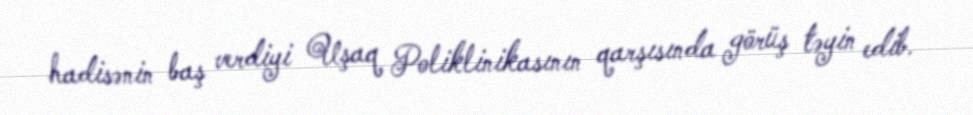
hadisənin baş verdiyi Uşaq Poliklinikasının qarşısında görüş təyin edib.